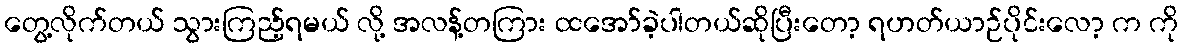
တွေ့လိုက်တယ် သွားကြည့်ရမယ် လို့ အလန့်တကြား ထအော်ခဲ့ပါတယ်ဆိုပြီးတော့ ရဟတ်ယာဉ်ပိုင်းလော့ က ကို